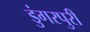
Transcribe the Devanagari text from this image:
डुंगरपुरी